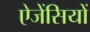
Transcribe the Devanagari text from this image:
ऐजेंसियों